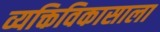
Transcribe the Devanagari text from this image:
व्यक्तिविकासाला